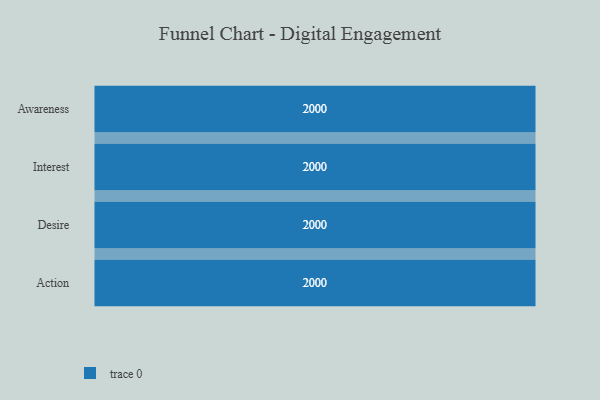
{"axis": {"x": "Stage", "y": "Value"}, "legend": [""], "data": [{"x": "Awareness", "y": 2000, "type": ""}, {"x": "Interest", "y": 2000, "type": ""}, {"x": "Desire", "y": 2000, "type": ""}, {"x": "Action", "y": 2000, "type": ""}]}